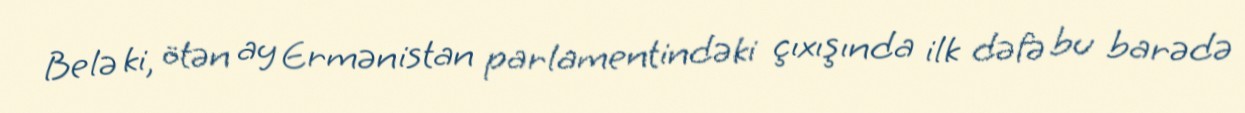
Belə ki, ötən ay Ermənistan parlamentindəki çıxışında ilk dəfə bu barədə